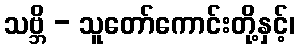
သဗ္ဘိ - သူတော်ကောင်းတို့နှင့်၊